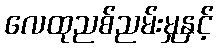
လေထုညစ်ညမ်းမှုနှင့်